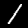
Label: 1